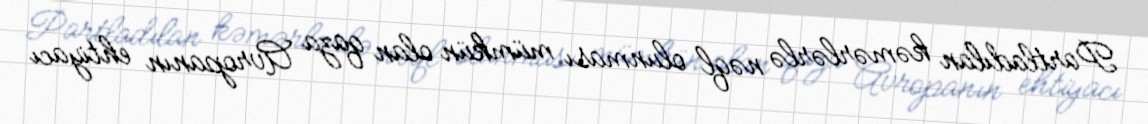
Partladılan kəmərlərlə nəql olunması mümkün olan qaza Avropanın ehtiyacı